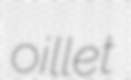
oillet